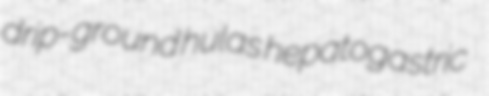
drip-ground hulas hepatogastric